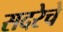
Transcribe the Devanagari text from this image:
सदरेचे